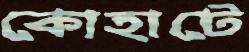
কোহাটে